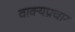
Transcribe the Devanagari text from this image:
वाक्यप्रचार